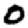
Digit: 0